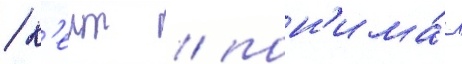
/ к'еит / пон'има́я